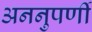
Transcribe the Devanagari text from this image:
अननुपर्णी